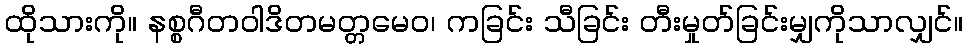
ထိုသားကို။ နစ္စဂီတဝါဒိတမတ္တမေဝ၊ ကခြင်း သီခြင်း တီးမှုတ်ခြင်းမျှကိုသာလျှင်။